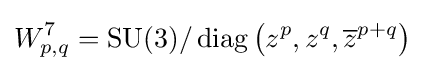
W_{p,q}^{7}=\operatorname {SU} (3)/\operatorname {diag} \left(z^{p},z^{q},{\overline {z}}^{p+q}\right)